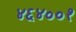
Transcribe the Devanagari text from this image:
४६४००१